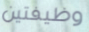
وظيفتين